Calcutta medical institutions reports 1871-78
Year: 1871
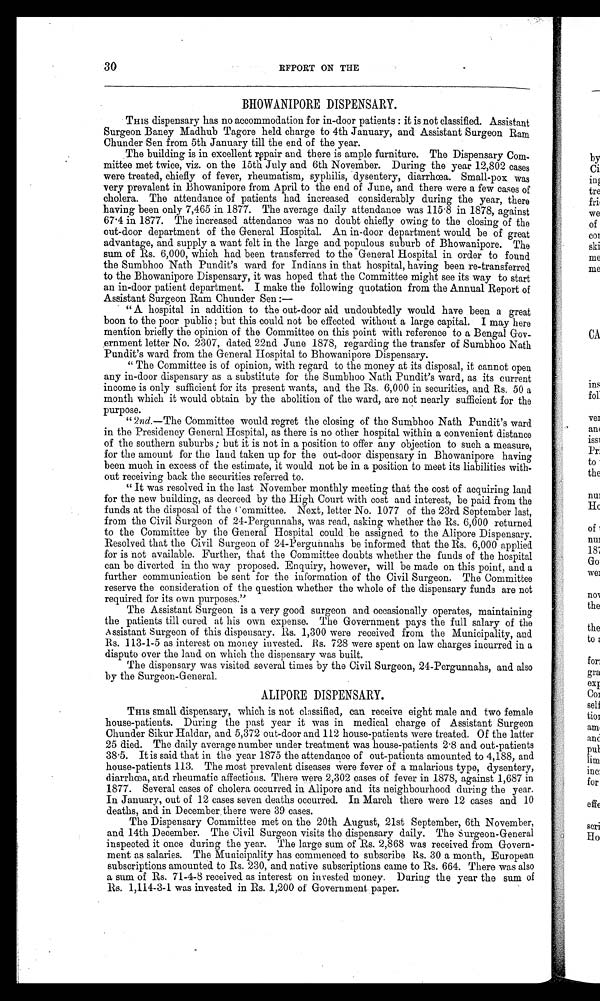
30
REPORT ON THE
B H O W A N I P O R E D I S P E N S A R Y .
Tins dispensary has no accommodation for in-door patients : it is not classified. Assistant
Surgeon Baney Madhub Tagore held charge to 4th January, and Assistant Surgeon Ram
Chunder Sen from 5th January till the end of the year.
The building is in excellent repair and there is ample furniture. The Dispensary Com-
mittee met twice, viz. on the 15th. July and 6th November. During the year 12,802 cases
were treated, chiefly of fever, rheumatism, syphilis, dysentery, diarrhoea. Small-pox was
very prevalent in Bhowanipore from April to the end of June, and there were a few cases of
cholera. The attendance of patients had increased considerably during the year, there
having been only 7,465 in 187-7. The average daily attendance was 115.8 in 1878, against
67.4 in 1877. The increased attendance was no doubt chiefly owing to the closing of the
out-door department of the General Hospital. An in-door department would be of great
advantage, and supply a want felt in the large and populous suburb of Bhowanipore. The
sum of Rs. 6,000, which had been transferred to the General Hospital in order to found
the Sumbhoo Nath Pundit's ward for Indians in that hospital, having been re-transferred
to the Bhowanipore Dispensary, it was hoped that the Committee might see its way to start
an in-door patient department. I make the following quotation from the Annual Report of
Assistant Surgeon Ram Chunder Sen :-
" A hospital in addition to the out-door aid undoubtedly would have been a great
boon to the poor public ; but this could not be effected without a large capital. I may here
mention briefly the opinion of the Committee on this point with reference to a Bengal Gov-
ernment letter No. 2307, dated 22nd June 1878, regarding the transfer of Sumbhoo Nath
Pundit's ward from the General Hospital to Bhowanipore Dispensary.
" The Committee is of opinion, with regard to the money at its disposal, it cannot open
any in-door dispensary as a substitute for the Sumbhoo Nath Pundit's ward, as its current
income is only sufficient for its present wants, and the Rs. 6,000 in securities, and Rs. 50 a
month which it would obtain by the abolition of the ward, are not nearly sufficient for the
purpose.
"2nd. — The Committee would regret the closing of the Sumbhoo Nath Pundit's ward
in the Presidency General Hospital, as there is no other hospital within a convenient distance
of the southern suburbs; but it is not in a position to offer any objection to such a measure,
for the amount for the land taken up for the out-door dispensary in Bhowanipore having
been much in excess of the estimate, it would not be in a position to meet its liabilities with-
out receiving back the securities referred to.
" It was resolved in the last November monthly meeting that the cost of acquiring land
for the new building, as decreed by the High Court with cost and interest, be paid from the
funds at the disposal of the committee. Next, letter No. 1077 of the 23rd September last,
from the Civil Surgeon of 24-Pergunnahs, was read, asking whether the Rs. 6,000 returned
to the Committee by the General Hospital could be assigned. to the Alipore Dispensary.
Resolved that the Civil Surgeon of 24-Pergunnahs be informed that the Rs. 6,000 applied
for is not available. Further, that the Committee doubts whether the funds of the hospital
can be diverted in the way proposed. Enquiry, however, will be made on this point, and a
further communication be sent for the information of the Civil Surgeon. The Committee
reserve the consideration of the question whether the whole of the dispensary funds are not
required for its own purposes."
The Assistant Surgeon is a very good surgeon and occasionally operates, maintaining
the patients till cured at his own expense. The Government pays the full salary of the
ssistant Surgeon of this dispensary. Rs. 1,300 were received from the Municipality, and
Rs. 113-1-5 as interest on money invested. Rs. 728 were spent on law charges incurred in a
dispute over the land on which the dispensary was built.
The dispensary was visited several times by the Civil Surgeon, 24-Pergunnahs, and also
by the Surgeon-G eneral.
ALIPORE DISPENSARY.
Tins small dispensary, which is not classified, can receive eight male and two female
house-patients. During the past year it was in medical charge of Assistant Surgeon
Chunder Sikur Haldar, and 5,372 out-door and 112 house-patients were treated. Of the latter
25 died. The daily average number under treatment was house-patients 2.8 and out-patients
38.5. It is said that in the year 1875 the attendance of out-patients amounted to 4,188, and
house-patients 113. The most prevalent diseases were fever of a malarious type, dysentery,
diarrhoea, and rheumatic affections. There were 2,302 cases of fever in 1878, against 1,687 in
1877. Several cases of cholera occurred in Alipore and its neighbourhood during the year.
In January, out of 12 cases seven deaths occurred. In March there were 12 cases and 10
deaths, and in December there were 39 cases.
The Dispensary Committee met on the 20th August, 21st September, 6th November,
and 14th December. The Civil Surgeon visits the dispensary daily. The Surgeon-General
inspected it once during the year. The large sum of Rs. 2,868 was received from Govern-
ment as salaries. The Municipality has commenced to subscribe its. 30 a month, European
subscriptions amounted to Rs. 230, and native subscriptions came to Rs. 664. There was also
a sum of Rs. 71-4-8 received as interest on invested money. During the year the sum of
Rs. 1,114-3-1 was invested in Rs. 1,200 of Government paper. •